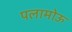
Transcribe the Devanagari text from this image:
पलामोऊ